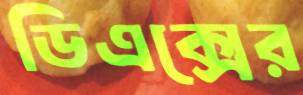
ডিএক্সের